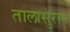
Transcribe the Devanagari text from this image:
तालासुरात